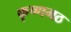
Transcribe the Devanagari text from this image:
कृष्णमठ